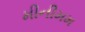
મીનીમમ